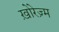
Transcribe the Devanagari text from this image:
ख़ोरेज़्म